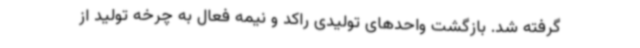
گرفته شد. بازگشت واحدهای تولیدی راکد و نیمه فعال به چرخه تولید از